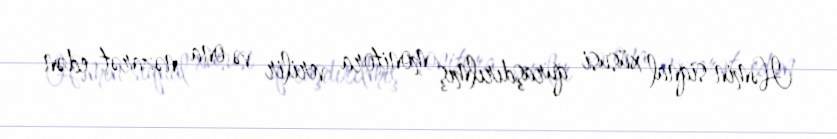
Həmin siqnal xüsusi quraşdırılmış monitora verilir və ona nəzarət edən